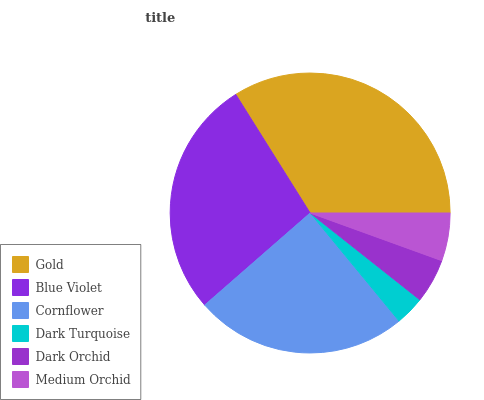
| Gold | Blue Violet | Cornflower | Dark Turquoise | Dark Orchid | Medium Orchid |
 | --- | --- | --- | --- | --- | --- |
 | 33.9% | 27.5% | 24.5% | 3.39% | 5.13% | 5.52% |